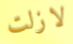
لازلت